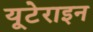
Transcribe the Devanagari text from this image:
यूटेराइन